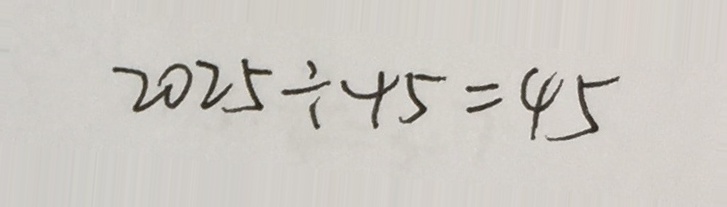
2 0 2 5 \div 4 5 = 4 5